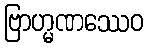
ဗြာဟ္မဏဿေဝ